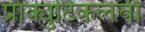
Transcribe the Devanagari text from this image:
प्रोक्युटिकलची